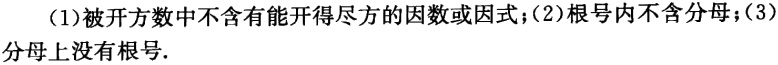
(1)被开方数中不含有能开得尽方的因数或因式；(2)根号内不含分母；(3)分母上没有根号.